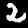
Digit: 2